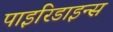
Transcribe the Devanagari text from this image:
पाइरिडाइन्स